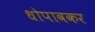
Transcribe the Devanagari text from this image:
धोपावकर